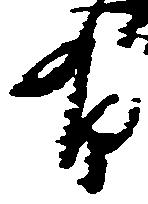
有